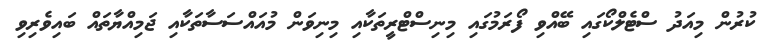
ކުރުން މިއަދު ސްޓެލްކޯގައި ބޭއްވި ފޯރަމުގައި މިނިސްޓްރީތަކާއި މިނިވަން މުއައްސަސާތަކާއި ޖަމިއްޔާތައް ބައިވެރިވި